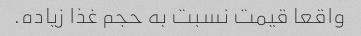
واقعا قیمت نسبت به حجم غذا زیاده.